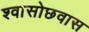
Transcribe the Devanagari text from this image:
श्वासोछवास